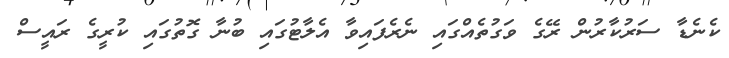
ކެނެޑާ ސަރުކާރުން ރޭގެ ވަގުތެއްގައި ނެރެފައިވާ އެލާޓުގައި ބުނާ ގޮތުގައި ކުރީގެ ރައީސް